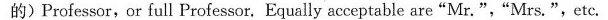
的)Professor,or full Professor. Equally acceptable are"Mr.","Mrs.", etc.